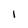
Character: I